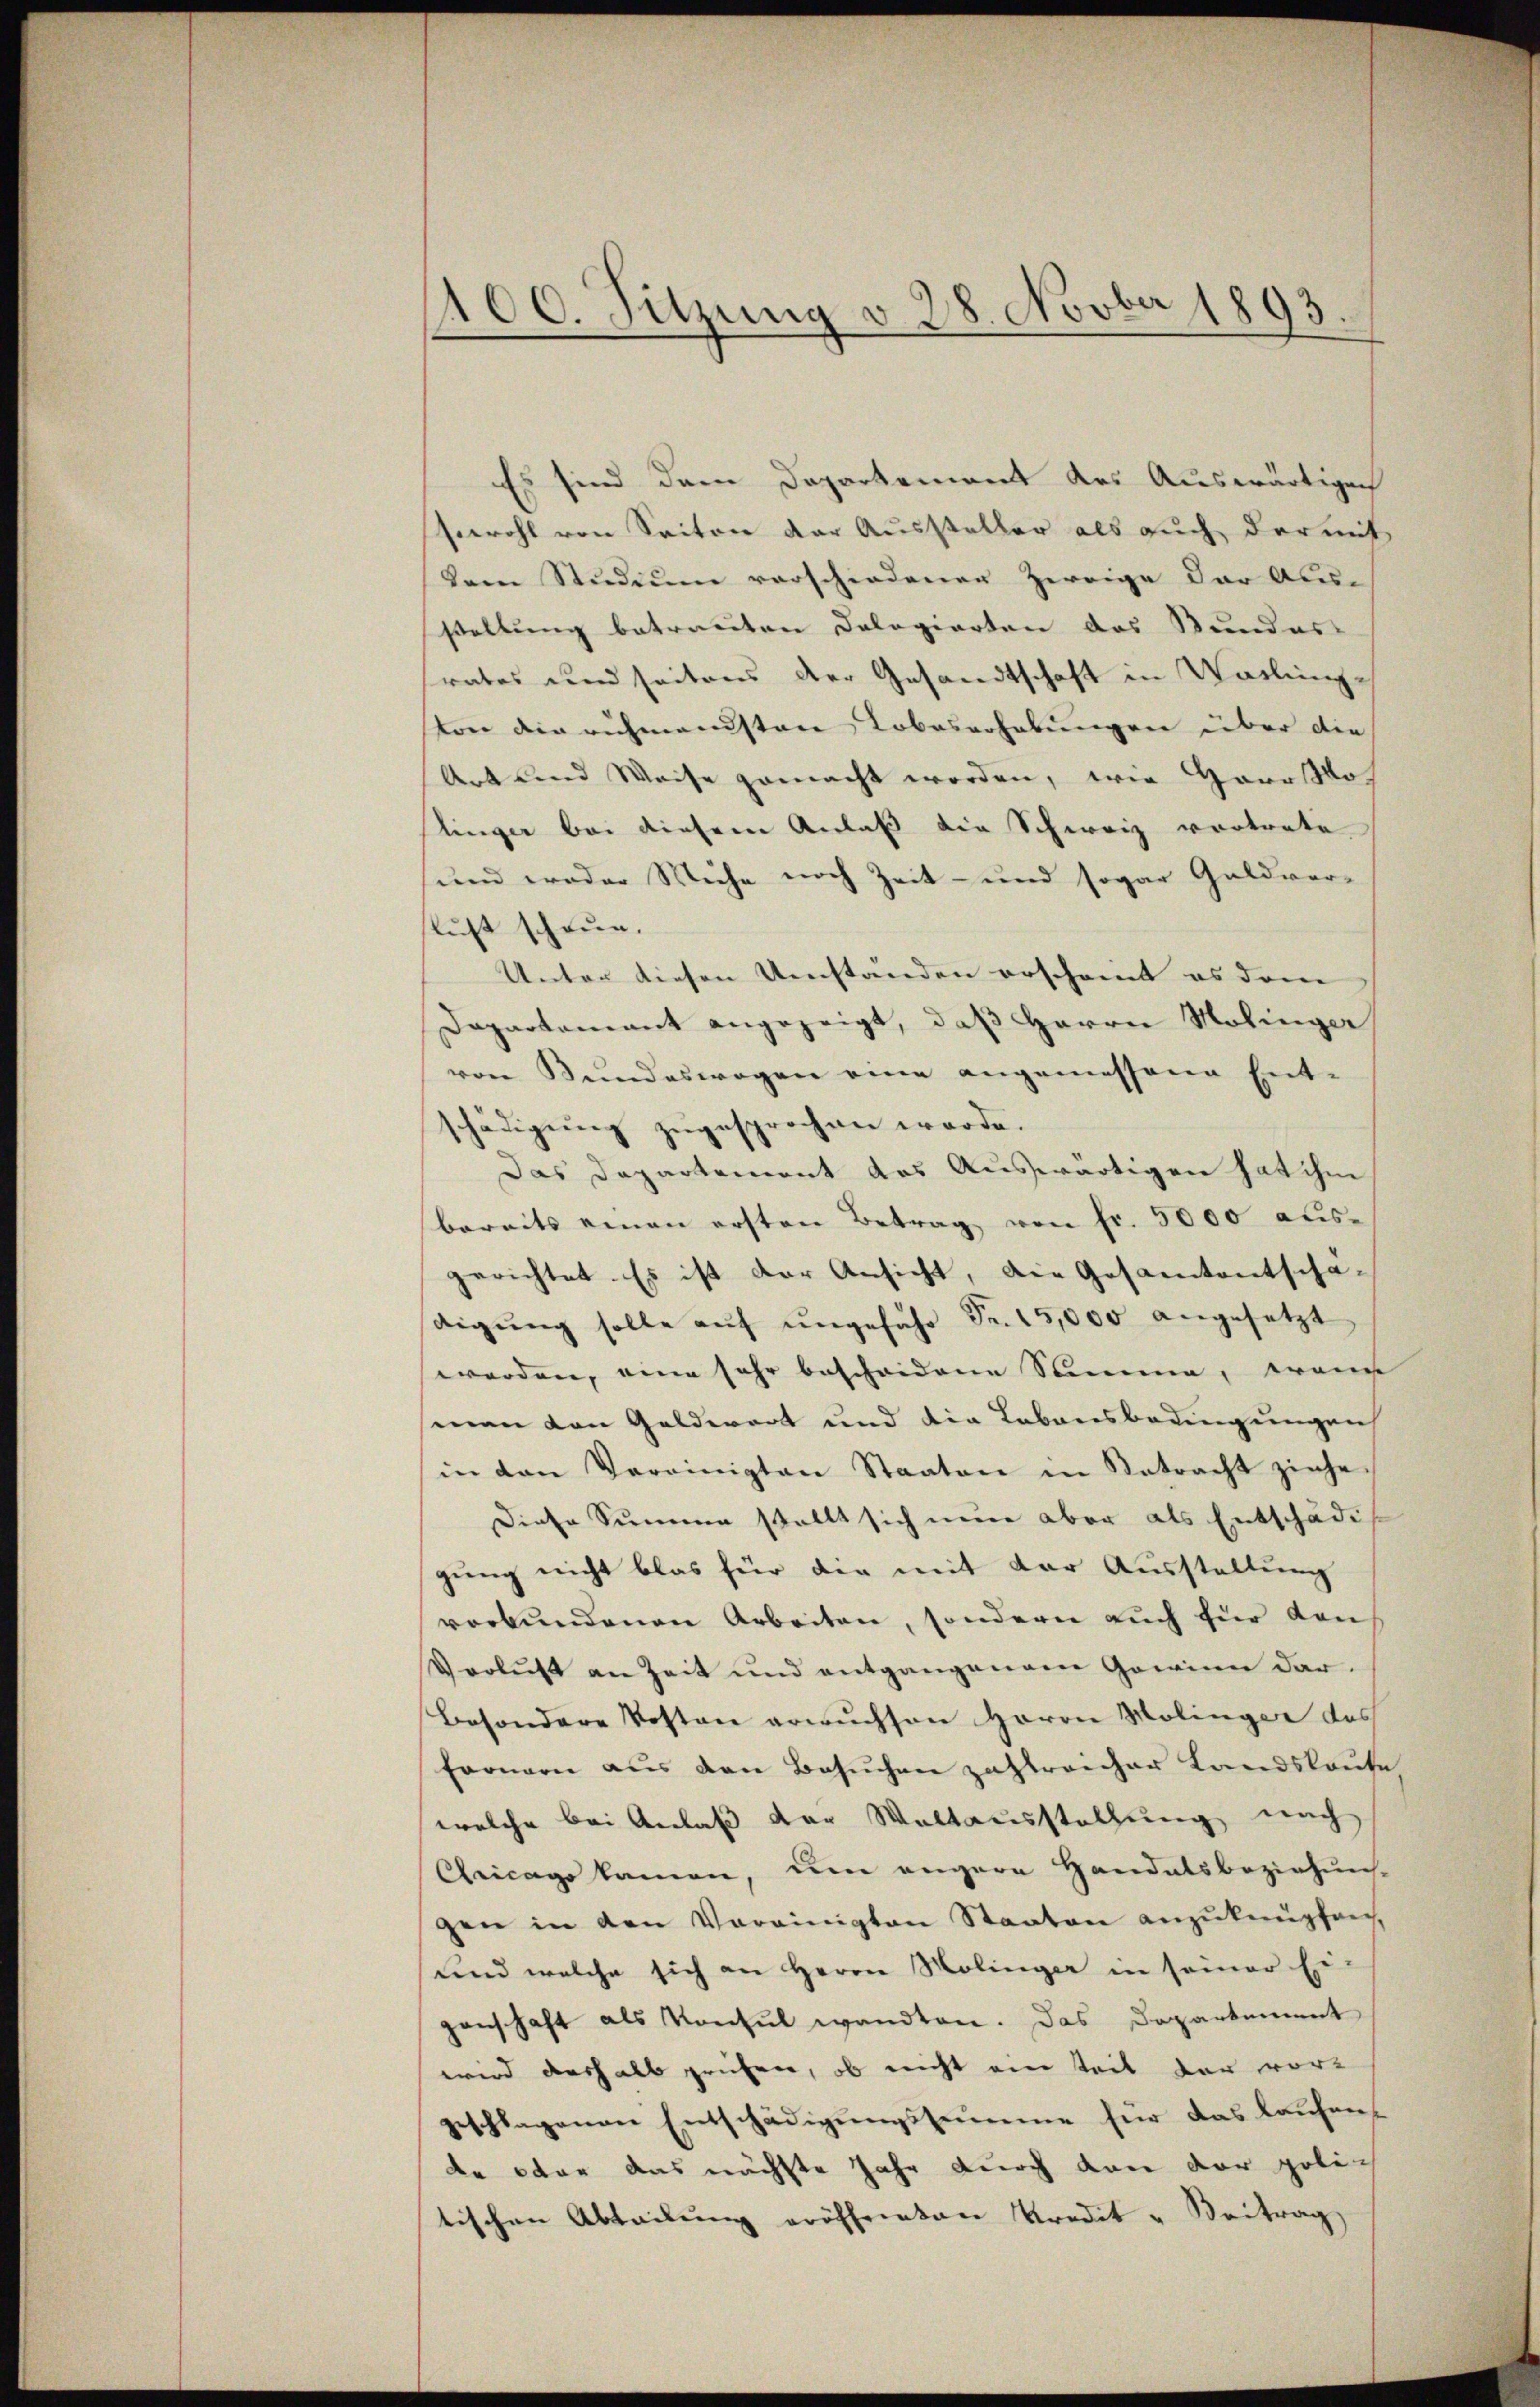
100. Sitzung d. 28. Novber 1893.
¬

Es sind dem Departement des Auswärtigen
sowohl von Seiten der Aussteller als auch der mit
Dem Studium verschiedener Zweige der Aus-
stellung betreuten Dologierten das Stundes-
srates und seitens der Gesandtschaft in Walleinge
ton die rühmandsten Lobeserhabŭngen über die
Art und Weise gemacht worden, wie Garostlos
slinger bei diesem Anlaß die Schweiz vortrete
und weder Wiche noch Zeit- und sogar Geldver-
lust schren.
Unter diesen Umständen erscheint es dem
Departement angezeigt, daß Herrn Molinger
von Bundeswegen eine angemessene Ent-
schädigung zugesprochen werde.
Das Departement das Auswärtigen hat ihm
bereits einen ersten Betrag von fr. 5000 aus-
gerichtet. Es ist der Ansicht, die Gesamtentschadigŭng solle auf ungefähr Fr. 15,000 angesetzt
werden, eine sehr bescheidene Summe, wenn
sman den Geldwert und die Lebensbedingungen
in den Vereinigten Staaten in Betracht ziehe
Diese Summe stellt sich nun aber als Entschädi
gung nicht blas für der mit der Ausstellung
verbŭndenen Arbeiten, sondern aŭch für den
Vorlies an Zeit und entgangenem Gewinn dar-
Besondere Kosten erwuchsen Herrn Molinger des
fernern aus den Besŭchen zahlreicher Landslaute
welche bei Anlaß der Waltausstellung nach
Geicags kamen, um engere Handelsbeziehŭng-
gen in den Vereinigten Staaten anzuknüpfen.
und welche sich an Herrn Molinger in seiner Ei-
genschaft als Konsul wandten. Das Departement
wird deshalb prüfen, ob nicht ein seit der vor-
geschlagenen Entschädigungssumme für das laufende oder das nächste Jahr durch von der poli
tischen Abteilŭng eröffneten Kredit - Beitrag